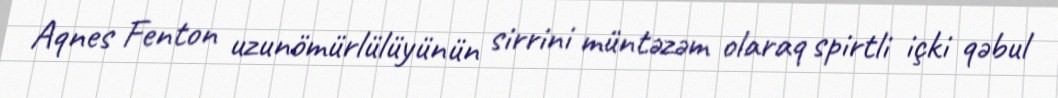
Aqnes Fenton uzunömürlülüyünün sirrini müntəzəm olaraq spirtli içki qəbul